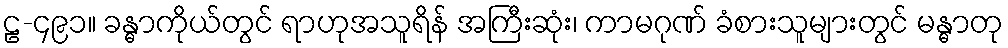
ဠ-၄၉၁။ ခန္ဓာကိုယ်တွင် ရာဟုအသူရိန် အကြီးဆုံး၊ ကာမဂုဏ် ခံစားသူများတွင် မန္ဓာတု